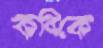
কবিকে